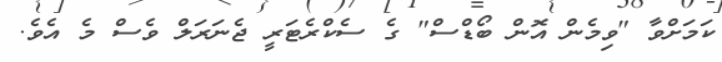
ކަމަށްވާ "ވިމެން އޮން ބޯޑްސް" ގެ ސެކްރެޓަރީ ޖެނަރަލް ވެސް މެ އެވެ.